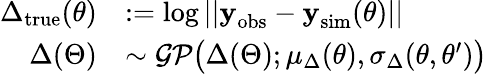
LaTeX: \begin{array}{rl}{\Delta_{\mathrm{true}}(\theta)}&{:=\log||\textbf{y}_{\mathrm{obs}}-\textbf{y}_{\mathrm{sim}}(\theta)||}\\ {\Delta(\Theta)}&{\sim\mathcal{GP}\big(\Delta(\Theta);\mu_{\Delta}(\theta),\sigma_{\Delta}(\theta,\theta^{\prime})\big)}\end{array}